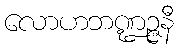
လောဟဘဏ္ဍဉ္ဇနီ